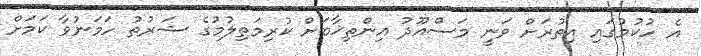
އެ ހުކުމުގައި އިތުރަށް ވަނީ މަސްއޫދު އިންތިޚާބަށް ކުރިމަތިލުމުގެ ޝަރުތު ހަމަނުވާ ކަމަށް